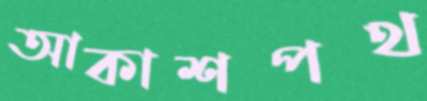
আকাশপথ